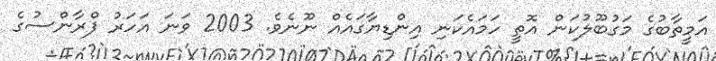
އަމީތާބުގެ މަގުބޫލުކަން އޮތީ ހަމައެކަނި އިންޑިޔާގައެއް ނޫނެވެ. 2003 ވަނަ އަހަރު ފްރާންސުގެ